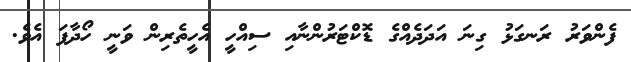
ފެންވަރު ރަނގަޅު ގިނަ އަދަދެއްގެ ޑޮކްޓަރުންނާއި ސިއްހީ އެހީތެރިން ވަނީ ހޯދާފަ އެވެެ.